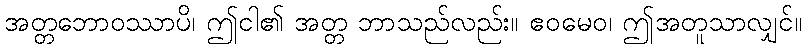
အတ္တဘောဝဿာပိ၊ ဤငါ၏ အတ္တ ဘာသည်လည်း။ ဧဝမေဝ၊ ဤအတူသာလျှင်။